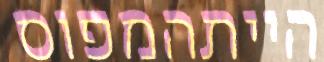
הייתהמפוס